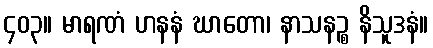
၄၀၃။ မာရဏံ ဟနနံ ဃာတော၊ နာသနဉ္စ နိသူဒနံ။